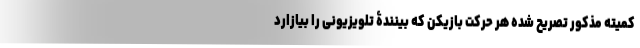
کمیته مذکور تصریح شده هر حرکت بازیکن که بینندۀ تلویزیونی را بیازارد